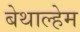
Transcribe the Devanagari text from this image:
बेथाल्हेम